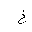
Letter: _kha